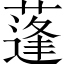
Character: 蓬